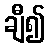
ချီ၍